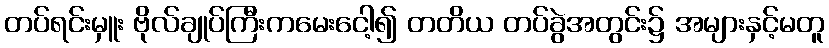
တပ်ရင်းမှူး ဗိုလ်ချုပ်ကြီးကမေးငေါ့၍ တတိယ တပ်ခွဲအတွင်း၌ အများနှင့်မတူ